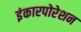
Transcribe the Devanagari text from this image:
इंकारपोरेशन